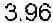
3.96